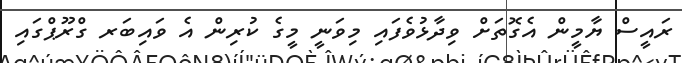
ރައީސް ޔާމީން އެގޮތަށް ވިދާޅުވެފައި މިވަނީ މީގެ ކުރިން އެ ވައިބަރ ގްރޫޕްގައި